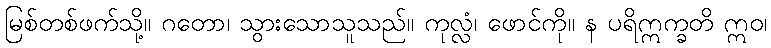
မြစ်တစ်ဖက်သို့။ ဂတော၊ သွားသောသူသည်။ ကုလ္လံ၊ ဖောင်ကို။ န ပရိဣက္ခတိ ဣဝ၊